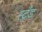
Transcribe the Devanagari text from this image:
स्ट्रँड